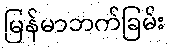
မြန်မာဘက်ခြမ်း